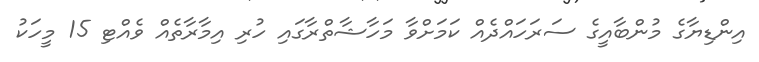
އިންޑިޔާގެ މުންބާއީގެ ސަރަހައްދެއް ކަމަށްވާ މަހާޝާތްރާގައި ހުރި އިމާރާތެއް ވެއްޓި 15 މީހަކު